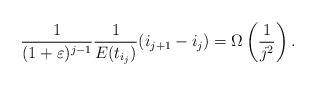
LaTeX: \begin{align*} \frac{1}{(1+\varepsilon)^{j-1}}\frac{1}{E(t_{i_{j}})} (i_{j+1} - i_j) = \Omega\left( \frac{1}{j^2} \right). \end{align*}